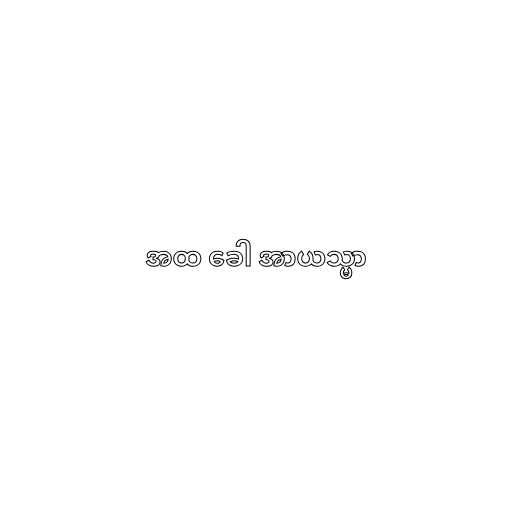
အထ ခေါ အာယသ္မာ